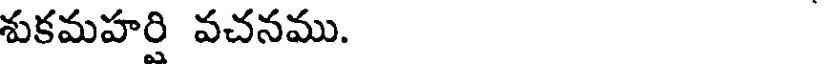
శుకమహరి వచనము.